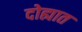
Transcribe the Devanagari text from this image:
दोह्यात